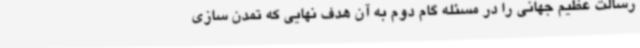
رسالت عظیم جهانی را در مسئله گام دوم به آن هدف نهایی که تمدن سازی